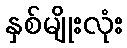
နှစ်မျိုးလုံး